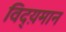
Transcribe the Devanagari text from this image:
विद्य़मान